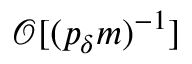
\mathcal { O } [ ( p _ { \delta } m ) ^ { - 1 } ]